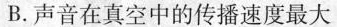
B.声音在真空中的传播速度最大